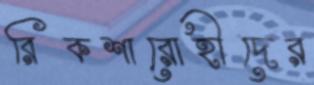
রিকশারোহীদের